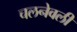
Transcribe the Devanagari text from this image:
चलनेवली